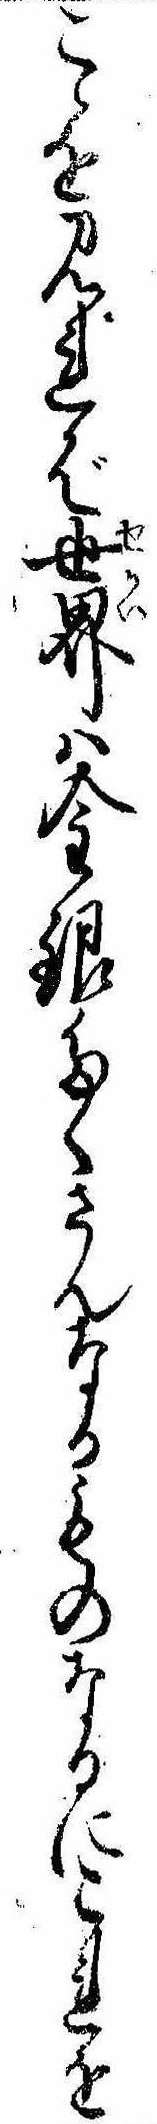
こゝを見れば世界は金銀たくさんなるものなるにこれを